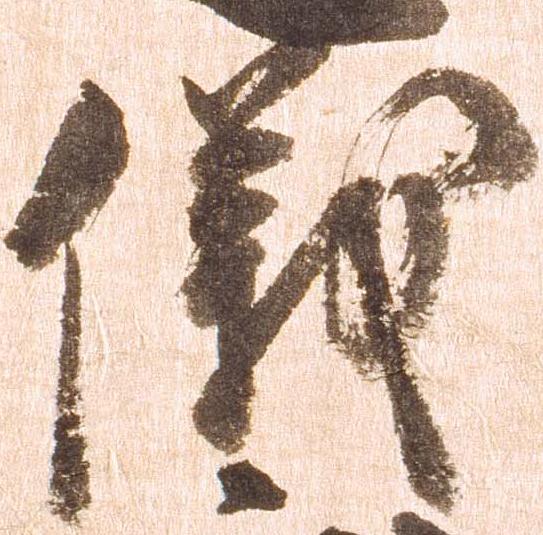
儀